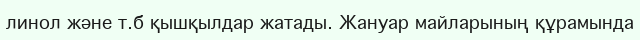
линол және т.б қышқылдар жатады. Жануар майларының құрамында